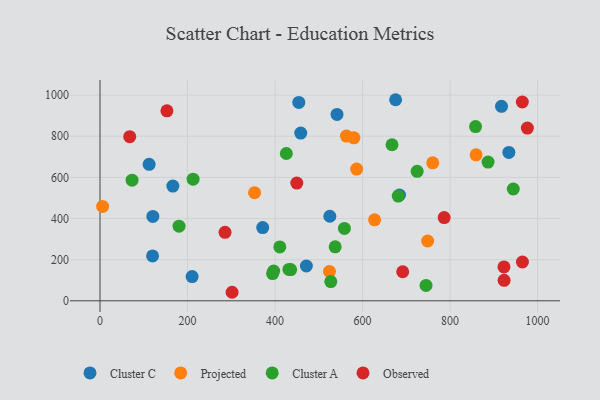
{"axis": {"x": "Study Hours", "y": "Salary"}, "legend": ["Cluster A", "Cluster C", "Observed", "Projected"], "data": [{"x": "458.7", "y": 815.5, "type": "Cluster C"}, {"x": "371.8", "y": 356.3, "type": "Cluster C"}, {"x": "471.6", "y": 169.3, "type": "Cluster C"}, {"x": "675.5", "y": 977.8, "type": "Cluster C"}, {"x": "934.3", "y": 721.3, "type": "Cluster C"}, {"x": "166.5", "y": 557.9, "type": "Cluster C"}, {"x": "684.4", "y": 514.6, "type": "Cluster C"}, {"x": "917.5", "y": 945.9, "type": "Cluster C"}, {"x": "454.3", "y": 964.6, "type": "Cluster C"}, {"x": "112.3", "y": 663.6, "type": "Cluster C"}, {"x": "210.5", "y": 118.0, "type": "Cluster C"}, {"x": "541.6", "y": 906.3, "type": "Cluster C"}, {"x": "525.2", "y": 411.1, "type": "Cluster C"}, {"x": "120.8", "y": 410.5, "type": "Cluster C"}, {"x": "120.1", "y": 218.2, "type": "Cluster C"}, {"x": "353.2", "y": 525.9, "type": "Projected"}, {"x": "563.2", "y": 800.9, "type": "Projected"}, {"x": "859.4", "y": 709.8, "type": "Projected"}, {"x": "580.2", "y": 792.6, "type": "Projected"}, {"x": "586.4", "y": 640.8, "type": "Projected"}, {"x": "627.5", "y": 393.8, "type": "Projected"}, {"x": "748.7", "y": 290.8, "type": "Projected"}, {"x": "760.3", "y": 671.2, "type": "Projected"}, {"x": "524.3", "y": 142.9, "type": "Projected"}, {"x": "6.0", "y": 459.0, "type": "Projected"}, {"x": "425.8", "y": 716.3, "type": "Cluster A"}, {"x": "394.4", "y": 132.2, "type": "Cluster A"}, {"x": "667.3", "y": 758.9, "type": "Cluster A"}, {"x": "180.6", "y": 363.1, "type": "Cluster A"}, {"x": "558.5", "y": 351.8, "type": "Cluster A"}, {"x": "435.7", "y": 151.7, "type": "Cluster A"}, {"x": "410.9", "y": 262.0, "type": "Cluster A"}, {"x": "431.7", "y": 152.4, "type": "Cluster A"}, {"x": "681.5", "y": 509.4, "type": "Cluster A"}, {"x": "212.7", "y": 591.7, "type": "Cluster A"}, {"x": "886.8", "y": 674.7, "type": "Cluster A"}, {"x": "724.7", "y": 629.5, "type": "Cluster A"}, {"x": "527.4", "y": 93.4, "type": "Cluster A"}, {"x": "858.2", "y": 847.1, "type": "Cluster A"}, {"x": "396.8", "y": 144.7, "type": "Cluster A"}, {"x": "944.4", "y": 543.6, "type": "Cluster A"}, {"x": "745.0", "y": 74.7, "type": "Cluster A"}, {"x": "73.3", "y": 586.5, "type": "Cluster A"}, {"x": "537.4", "y": 262.3, "type": "Cluster A"}, {"x": "965.3", "y": 188.8, "type": "Observed"}, {"x": "786.5", "y": 404.8, "type": "Observed"}, {"x": "67.9", "y": 797.9, "type": "Observed"}, {"x": "923.4", "y": 99.7, "type": "Observed"}, {"x": "923.1", "y": 164.9, "type": "Observed"}, {"x": "301.8", "y": 41.5, "type": "Observed"}, {"x": "965.1", "y": 966.7, "type": "Observed"}, {"x": "976.6", "y": 839.8, "type": "Observed"}, {"x": "691.7", "y": 141.2, "type": "Observed"}, {"x": "285.7", "y": 332.8, "type": "Observed"}, {"x": "152.9", "y": 923.8, "type": "Observed"}, {"x": "449.7", "y": 572.7, "type": "Observed"}]}